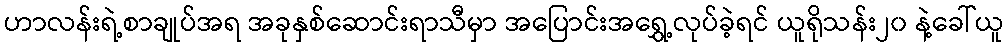
ဟာလန်းရဲ့စာချုပ်အရ အခုနှစ်ဆောင်းရာသီမှာ အပြောင်းအရွှေ့လုပ်ခဲ့ရင် ယူရိုသန်း၂၀ နဲ့ခေါ်ယူ